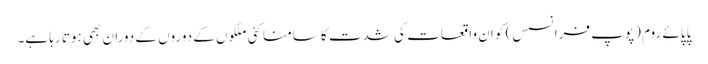
پاپائے روم (پوپ فرانسس) کو ان واقعات کی شدت کا سامنا کئی ملکوں کے دوروں کے دوران بھی ہوتا رہا ہے۔